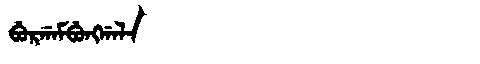
Manchu: ᠪᡠᡵᡤᠠᠮᠪᡠᠩᡤᠠᠯᠠ
Romanization: BURGAMBUNGGALA